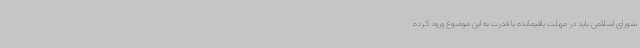
شورای اسلامی باید در مهلت باقیمانده با قدرت به این موضوع ورود کرده